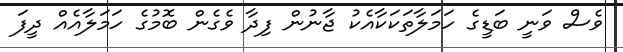
ވެސް ވަނީ ބަޑީގެ ހަމަލާތަކަކާއެކު ޖާނުން ފިދާ ވެގެން ބޮމުގެ ހަމަލާއެއް ދީފަ